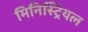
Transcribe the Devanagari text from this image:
मिनिस्ट्रियल